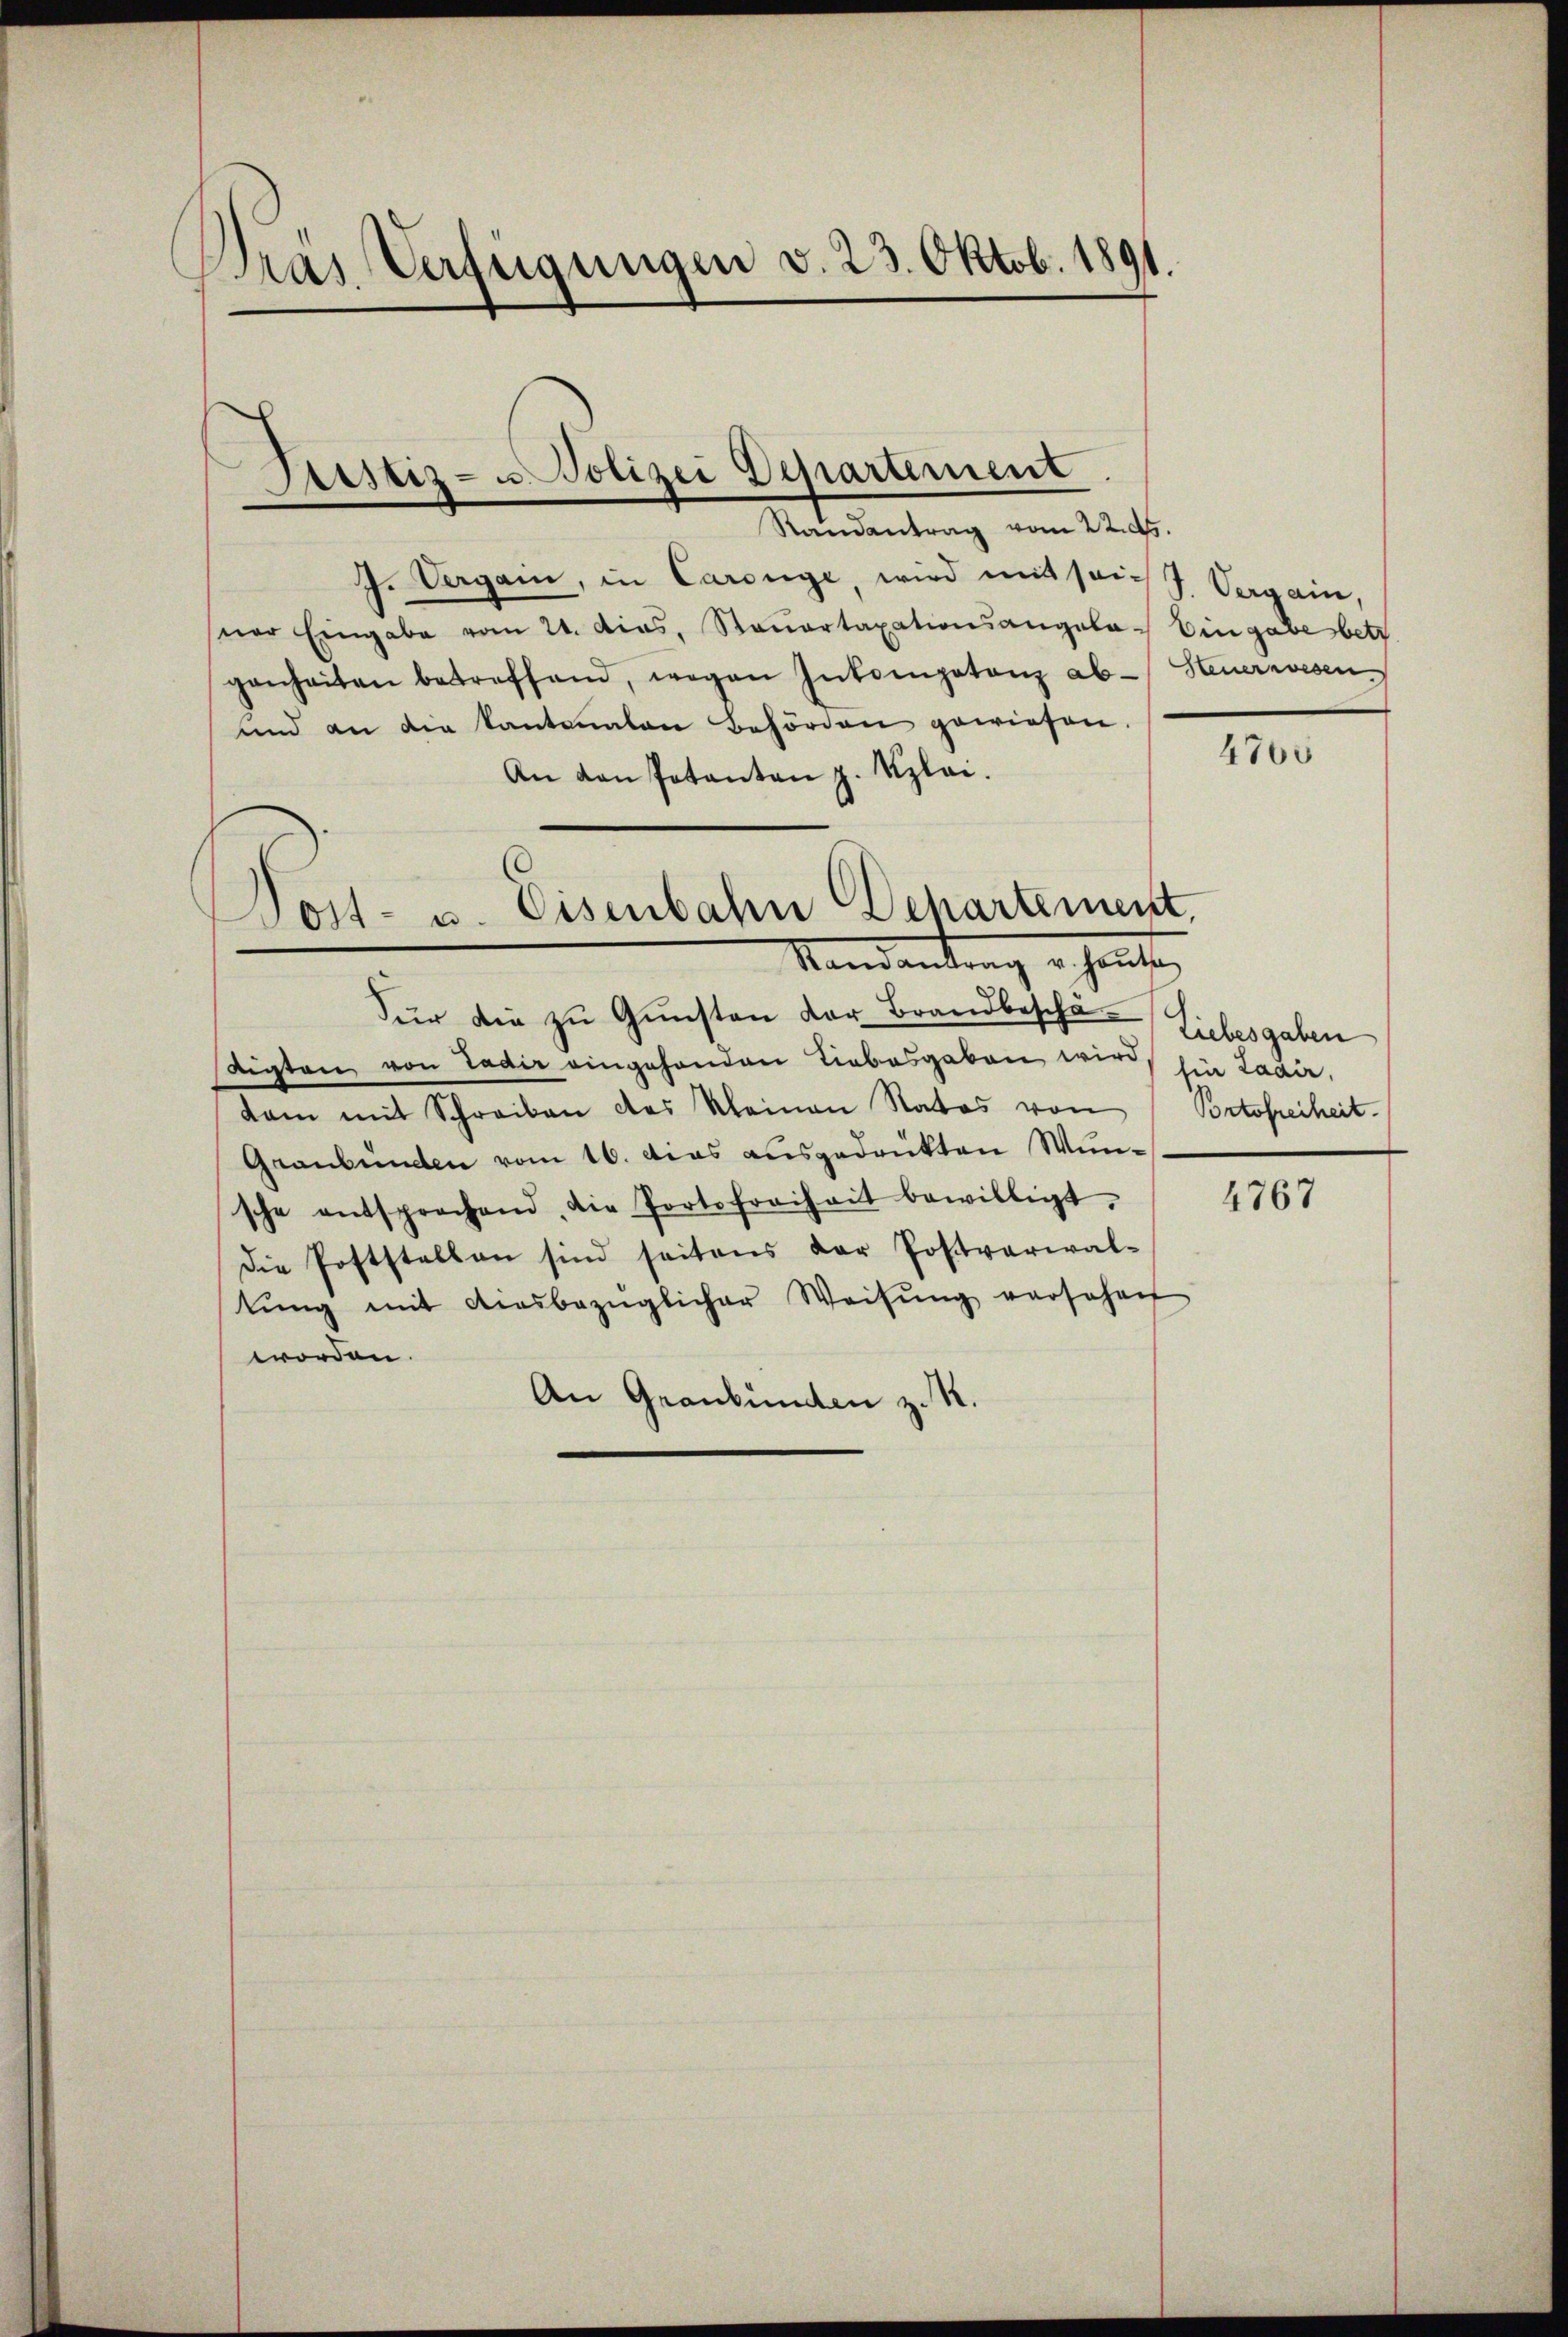
Pras Verfügungen v. 23. Oktob. 1891.

Justiz- u. Polizei Departement

Nost- u. Eisenbahn Dehartement,
Mandantrag erhause,

Randantrag vom 22. ds.
J. Vergan, in Carouge, wird mit sei. J. Vergain,
sner Eingabe vom 21. dies, Stauartaxationsangela- Eingabe betr
genheiten betreffend, wegen Inkompetenz ab- Steuerwesen
und an die Kantonalen Behörden gewiesen.
An den Potanten z. Kzlei.
Für die zŭ Gŭnsten der Brandbeschä-
aichten von Ladir eingehenden Liebesgaben wird
kam mit Schreiben des Kleinen Natos von Portofreiheit.
Graubünden vom 16. das ausgedrükten Wunsche entsprochend, die Portofreiheit bewilligt.
Die Poststellen sind seitens der Postvarial-
tŭng mit diesbezüglicher Weisŭng versehen
worden.
An Graubünden z. R.

4765

Liebesgaben
fie Laair,

4767